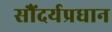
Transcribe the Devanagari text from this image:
सौंदर्यप्रधान